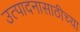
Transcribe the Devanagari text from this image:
उत्पादनासाठीच्या